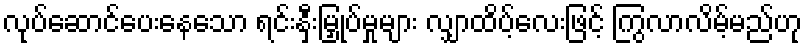
လုပ်ဆောင်ပေးနေသော ရင်းနှီးမြှုပ်မှုများ လျှာထိပ့်လေးဖြင့် ကြွလာလိမ့်မည်ဟု